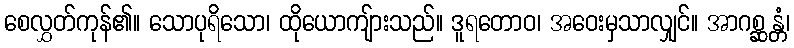
စေလွှတ်ကုန်၏။ သောပုရိသော၊ ထိုယောကျ်ားသည်။ ဒူရတောဝ၊ အဝေးမှသာလျှင်။ အာဂစ္ဆန္တံ၊